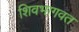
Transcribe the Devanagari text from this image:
शिवभागवत